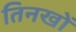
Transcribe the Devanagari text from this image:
तिनखों